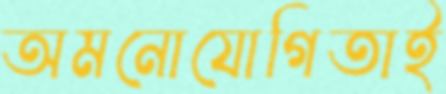
অমনোযোগিতাই